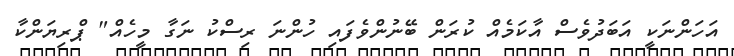
އަހަންނަކީ އަބަދުވެސް އާކަމެއް ކުރަން ބޭނުންވެފައި ހުންނަ ރިސްކު ނަގާ މީހެއް" ޕްރިޔަންކާ